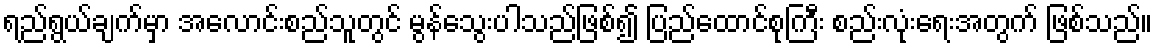
ရည်ရွယ်ချက်မှာ အလောင်းစည်သူတွင် မွန်သွေးပါသည်ဖြစ်၍ ပြည်ထောင်စုကြီး စည်းလုံးရေးအတွက် ဖြစ်သည်။